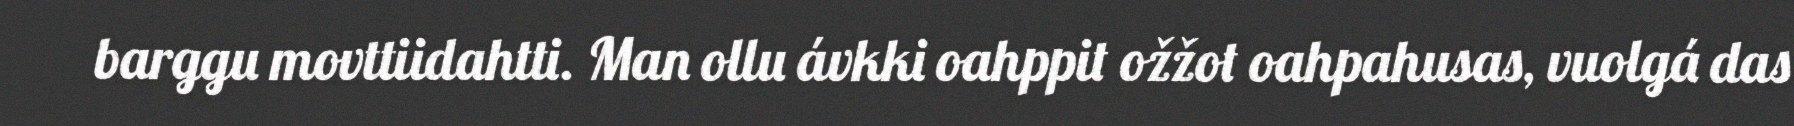
barggu movttiidahtti. Man ollu ávkki oahppit ožžot oahpahusas, vuolgá das